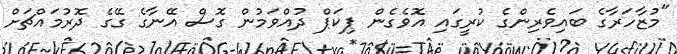
"މުޒާހަރާގެ ބައިވެރިންގެ ކުރީގައި އޮވެގެން ޕިކަޕް ދުއްވަމުން ގޮސް އޭނާގެ ގޭގެ ދޮރުމައްޗަށް